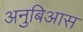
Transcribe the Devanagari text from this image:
अनुबिआस